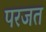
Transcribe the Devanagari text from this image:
परजत